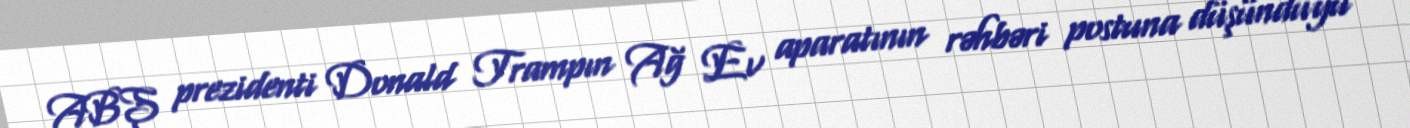
ABŞ prezidenti Donald Trampın Ağ Ev aparatının rəhbəri postuna düşündüyü